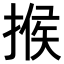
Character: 𢰡